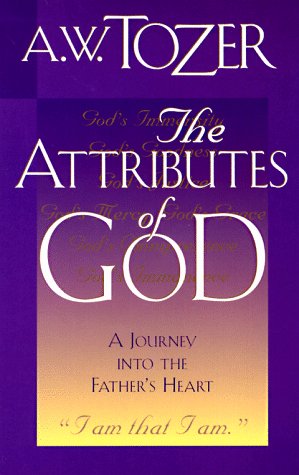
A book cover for The Attributes of God: A Journey into the Father's Heart; A. W. Tozer; Christian Books & Bibles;